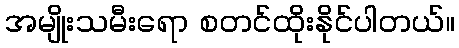
အမျိုးသမီးရော စတင်ထိုးနိုင်ပါတယ်။